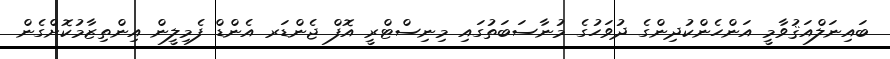
ބައިނަލްއަޤުވާމީ އަންހެންކުދިންގެ ދުވަހުގެ މުނާސަބަތުގައި މިނިސްޓްރީ އޮފް ޖެންޑަރ އެންޑް ފެމިލީން އިންތިޒާމުކޮށްގެން